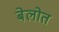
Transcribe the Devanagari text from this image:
बेलोत